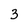
Character: 3